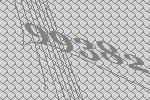
99382